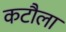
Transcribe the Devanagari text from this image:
कटौला